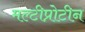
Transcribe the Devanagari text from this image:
मल्टीप्रोटीन